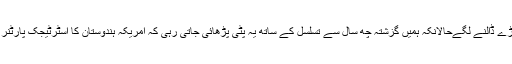
(۵) ڈونلڈ ٹرمپ نے ثالثی کی بات کی تو ہمارے حکمران اور ان کے ترجمان بھنگڑے ڈالنے لگےحالانکہ ہمیں گزشتہ چھ سال سے تسلسل کے ساتھ یہ پٹی پڑھائی جاتی رہی کہ امریکہ ہندوستان کا اسٹرٹیجک پارٹنر بن گیا ہے اور وہ ہندوستان کے ساتھ مل کر پاکستان کے خلاف سازش کررہا ہے ۔